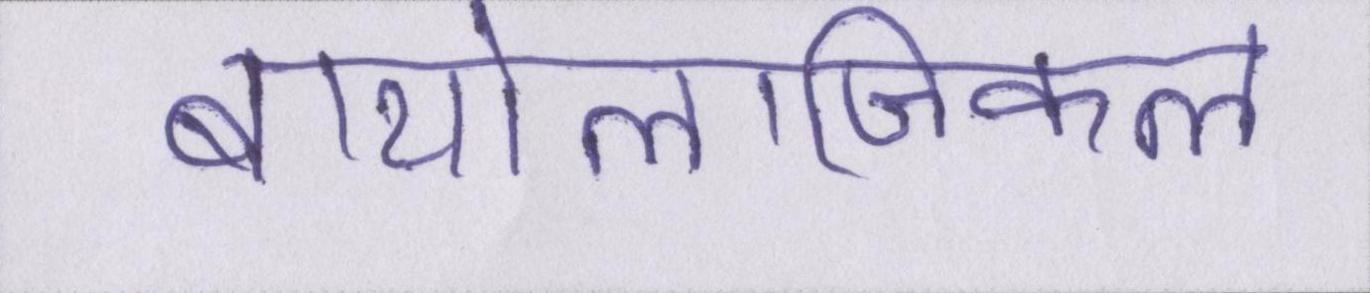
बायोलॉजिकल